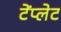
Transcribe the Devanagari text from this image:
टेंप्लेट